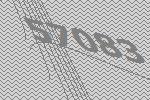
57083